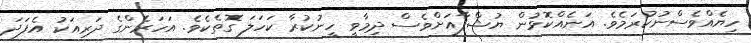
ހިޔެއްވެސްނުކުރަމެވެ. އަނެއްކޮޅުން ޔުޝްފާއަށްވެސް ދިމާވީ ހީނުކުރާ ކަހަލަ ގޮތެކެވެ. އަހަރެންގެ ދަރިއަކު އެފަދަ